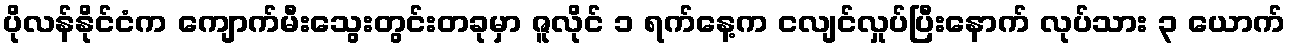
ပိုလန်နိုင်ငံက ကျောက်မီးသွေးတွင်းတခုမှာ ဇူလိုင် ၁ ရက်နေ့က ငလျင်လှုပ်ပြီးနောက် လုပ်သား ၃ ယောက်